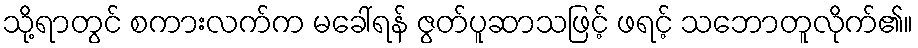
သို့ရာတွင် စကားလက်က မခေါ်ရန် ဇွတ်ပူဆာသဖြင့် ဖရင့် သဘောတူလိုက်၏။